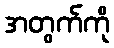
အတွက်ကို